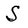
Character: S